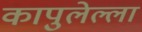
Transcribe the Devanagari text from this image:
कापुलेल्ला